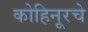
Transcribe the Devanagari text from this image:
कोहिनूरचे